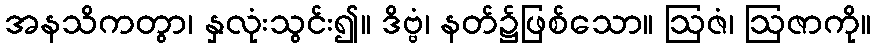
အနသိကတွာ၊ နှလုံးသွင်း၍။ ဒိဗ္ဗံ၊ နတ်၌ဖြစ်သော။ ဩဇံ၊ ဩဇာကို။